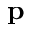
\textbf { p }